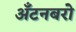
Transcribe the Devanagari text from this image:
अँटनबरो